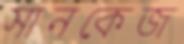
সানকেজ